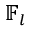
\mathbb { F } _ { l }